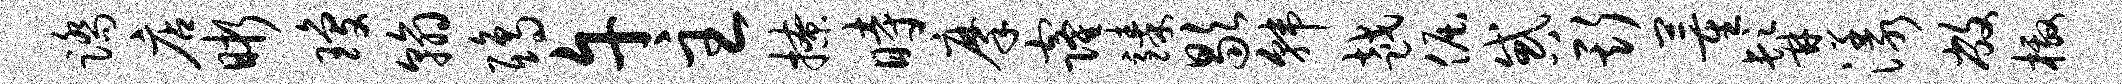
踏店晰琼翰鸱午主撩时摩窿臻歇韩越倔惑斯董髯漾敝檄